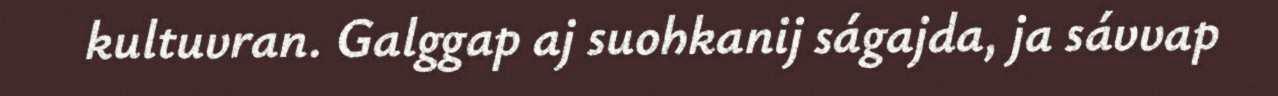
kultuvran. Galggap aj suohkanij ságajda, ja sávvap